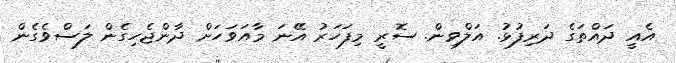
އެއީ ދައްތަގެ ދަރިފުޅު. އަލްވިން. ސޮރީ މިފަހަރު އޭނަ މާއަވަހަށް ދާންޖެހިގެން ލަސްވެގެން